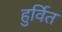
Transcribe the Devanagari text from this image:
हुर्वित